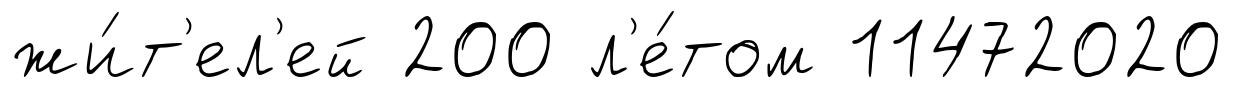
жи́т'ел'ей 200 л'е́том 11472020